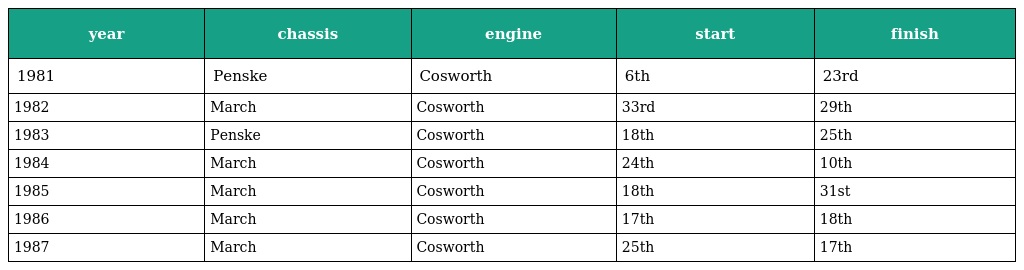
| year | chassis | engine | start | finish |
 | --- | --- | --- | --- | --- |
 | 1981 | Penske | Cosworth | 6th | 23rd |
 | 1982 | March | Cosworth | 33rd | 29th |
 | 1983 | Penske | Cosworth | 18th | 25th |
 | 1984 | March | Cosworth | 24th | 10th |
 | 1985 | March | Cosworth | 18th | 31st |
 | 1986 | March | Cosworth | 17th | 18th |
 | 1987 | March | Cosworth | 25th | 17th |